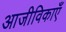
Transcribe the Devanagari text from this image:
आजीविकाएँ